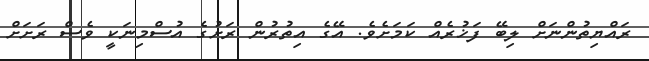
ރައްޔިތުންނަށް ލިބޭ ފަޚުރެއް ކަމަށެވެ. އޭގެ އިތުރުން ރަށުގެ އުސްމިނަކީ ވެސް ރަށަށް